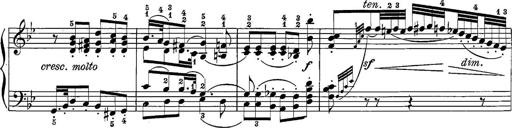
Title: 12 Sonatine per Pianoforte
Composer: Friedrich Kuhlau